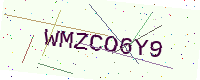
Text: WMZCO6Y9